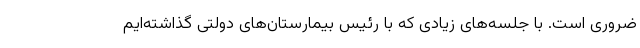
ضروری است. با جلسه‌های زیادی که با رئیس بیمارستان‌های دولتی گذاشته‌ایم